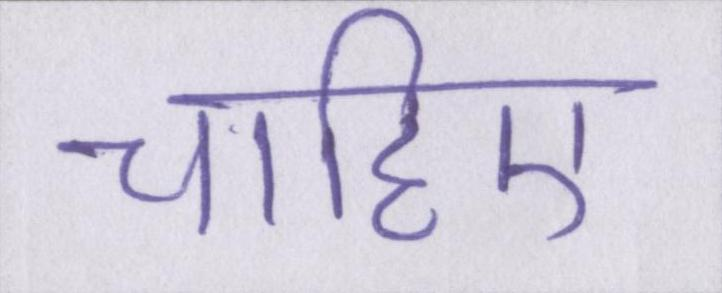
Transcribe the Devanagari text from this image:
चाहिए